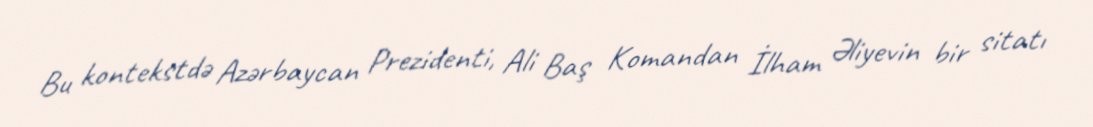
Bu kontekstdə Azərbaycan Prezidenti, Ali Baş Komandan İlham Əliyevin bir sitatı